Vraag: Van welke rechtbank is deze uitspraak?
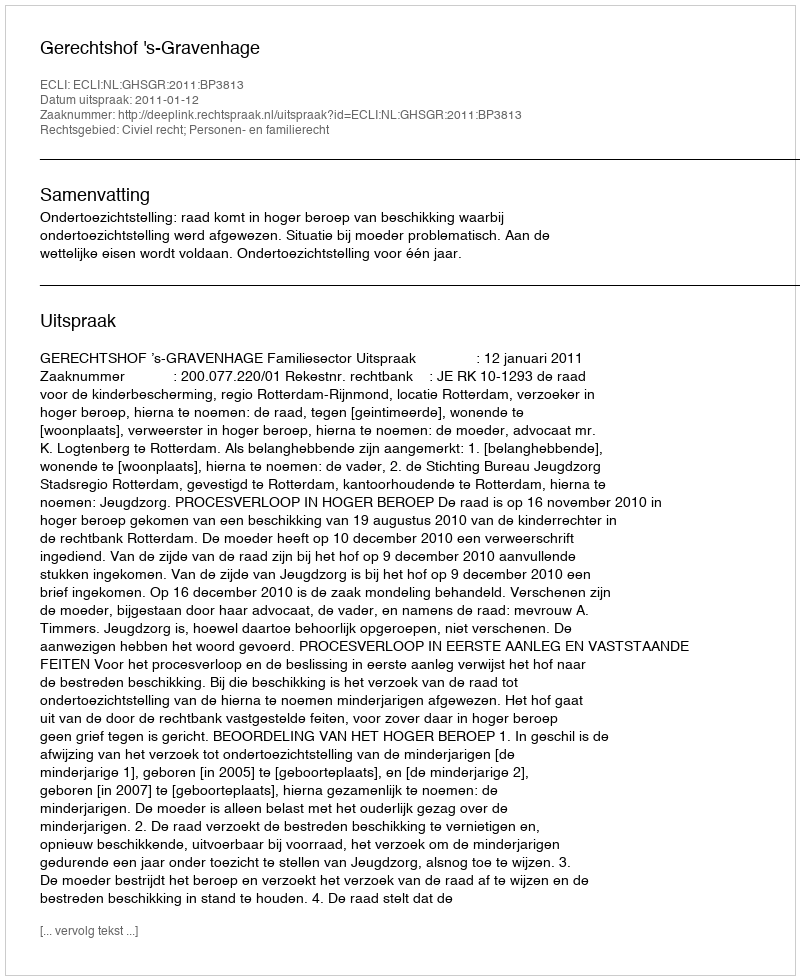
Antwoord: Gerechtshof 's-Gravenhage